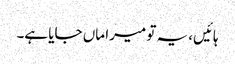
ہائیں، یہ تو میرا ماں جایا ہے۔